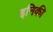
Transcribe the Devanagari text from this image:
इनिकी